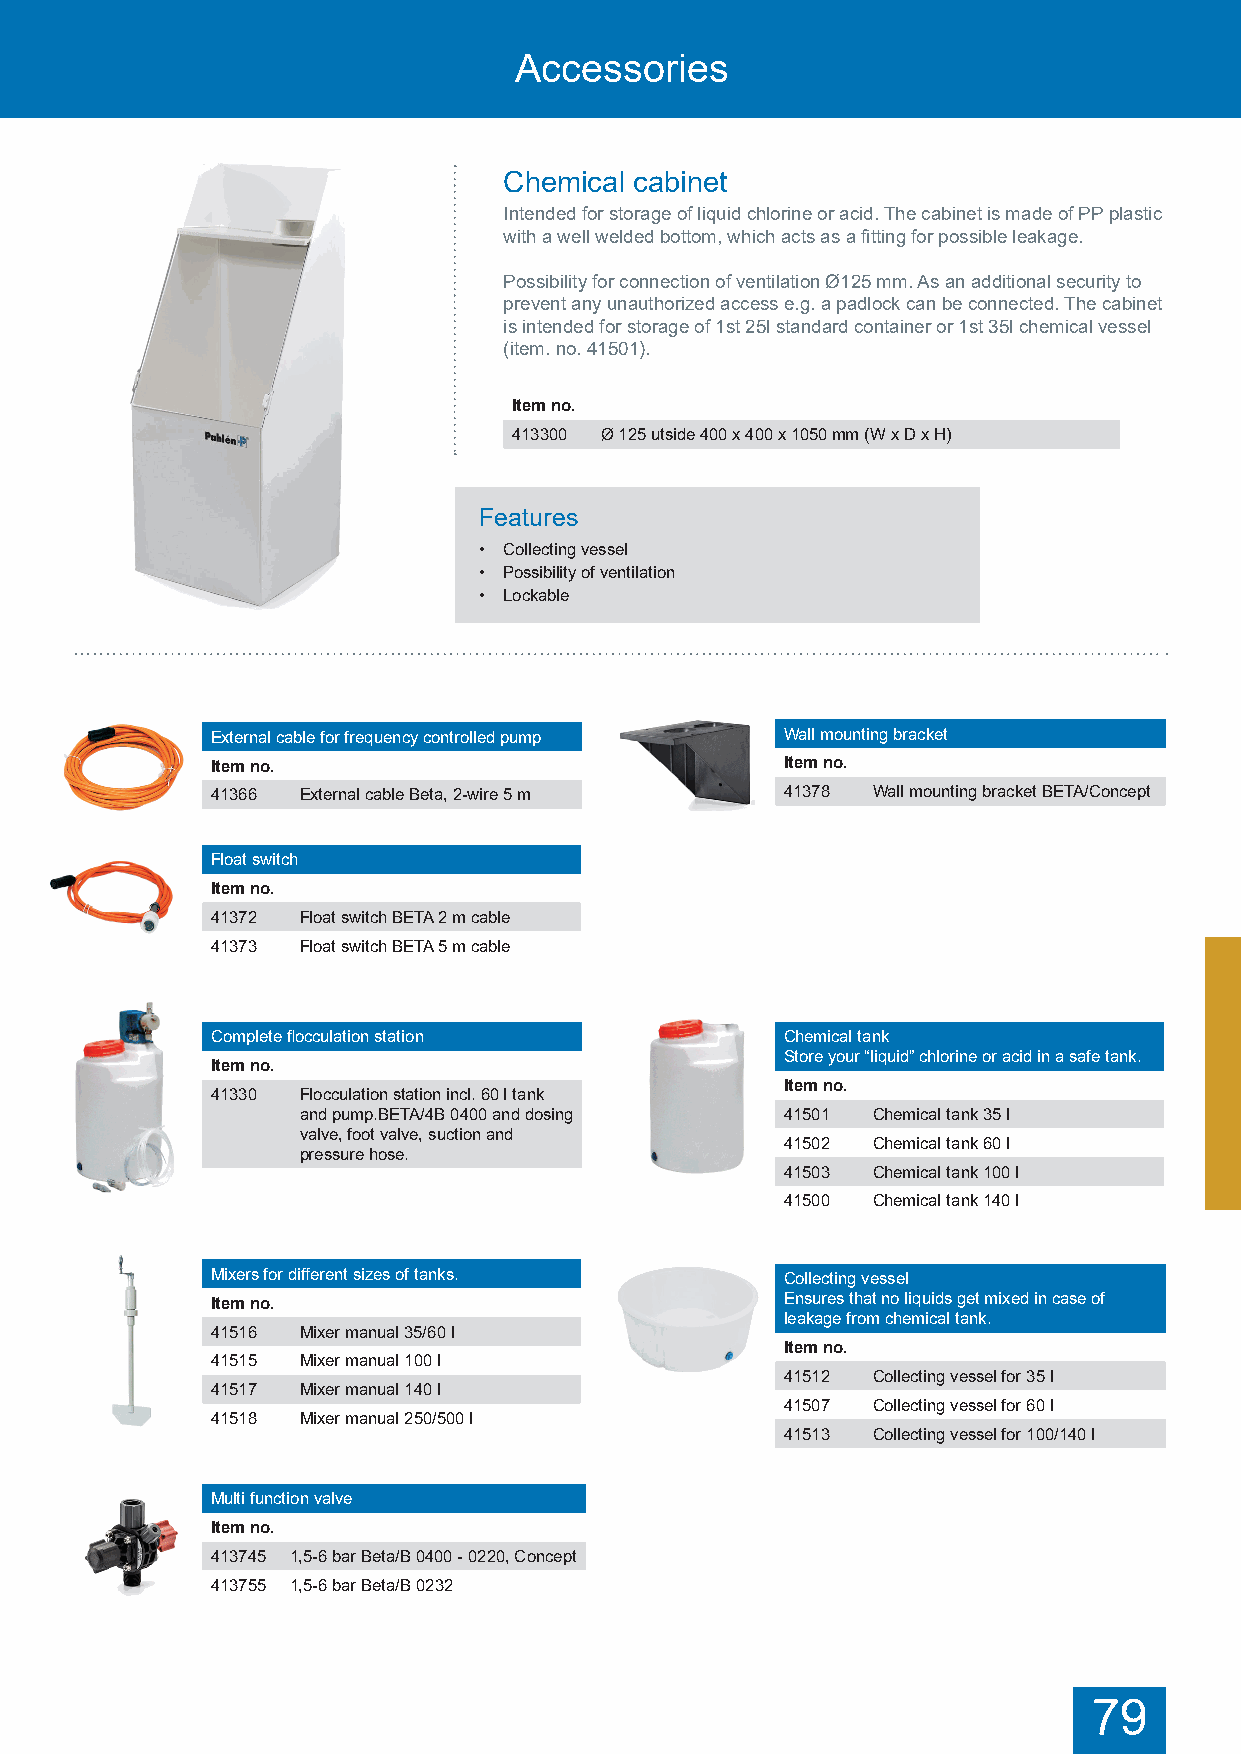
Accessories
 Chemical cabinet
 Intended for storage of liquid chlorine or acid. The cabinet is made of PP plastic
 with a well welded bottom, which acts as a fitting for possible leakage.
 Possibility for connection of ventilation Ø125 mm. As an additional security to
 prevent any unauthorized access e.g. a padlock can be connected. The cabinet
 is intended for storage of 1st 25l standard container or 1st 35l chemical vessel
 (item. no. 41501).
 Item no.
 413300 Ø 125 utside 400 x 400 x 1050 mm (W x D x H)
 Features
 • Collecting vessel
 • Possibility of ventilation
 • Lockable
 External cable for frequency controlled pump Wall mounting bracket
 Item no.                              Item no.
 41366 External cable Beta, 2-wire 5 m 41378 Wall mounting bracket BETA/Concept
 Float switch
 Item no.
 41372 Float switch BETA 2 m cable
 41373 Float switch BETA 5 m cable
 Complete flocculation station         Chemical tank
 Store your “liquid” chlorine or acid in a safe tank.
 Item no.
 Item no.
 41330 Flocculation station incl. 60 l tank
 and pump.BETA/4B 0400 and dosing 41501 Chemical tank 35 l
 valve, foot valve, suction and
 41502 Chemical tank 60 l
 pressure hose.
 41503 Chemical tank 100 l
 41500 Chemical tank 140 l
 Mixers for different sizes of tanks.  Collecting vessel
 Item no.                              Ensures that no liquids get mixed in case of
 leakage from chemical tank.
 41516 Mixer manual 35/60 l
 Item no.
 41515 Mixer manual 100 l
 41512 Collecting vessel for 35 l
 41517 Mixer manual 140 l
 41507 Collecting vessel for 60 l
 41518 Mixer manual 250/500 l
 41513 Collecting vessel for 100/140 l
 Multi function valve
 Item no.
 413745 1,5-6 bar Beta/B 0400 - 0220, Concept
 413755 1,5-6 bar Beta/B 0232
 79